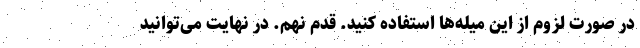
در صورت لزوم از این میله‌ها استفاده کنید. قدم نهم. در نهایت می‌توانید